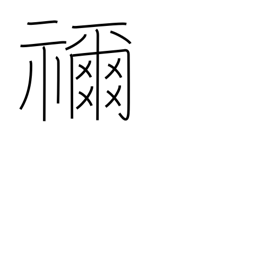
Meaning: ancestral shrine